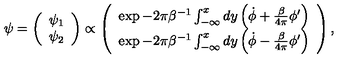
\psi = \left( \begin{array} { c } { \psi _ { 1 } } \\ { \psi _ { 2 } } \\ \end{array} \right) \propto \left( \begin{array} { c } { \exp - 2 \pi \beta ^ { - 1 } \int _ { - \infty } ^ { x } d y \left( \dot { \phi } + \frac { \beta } { 4 \pi } \phi ^ { \prime } \right) } \\ { \exp - 2 \pi \beta ^ { - 1 } \int _ { - \infty } ^ { x } d y \left( \dot { \phi } - \frac { \beta } { 4 \pi } \phi ^ { \prime } \right) } \\ \end{array} \right) ,